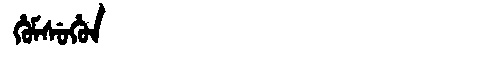
Manchu: ᡥᡠᠮᠰᡠᡥᡠᠨ
Romanization: HUMSUHUN